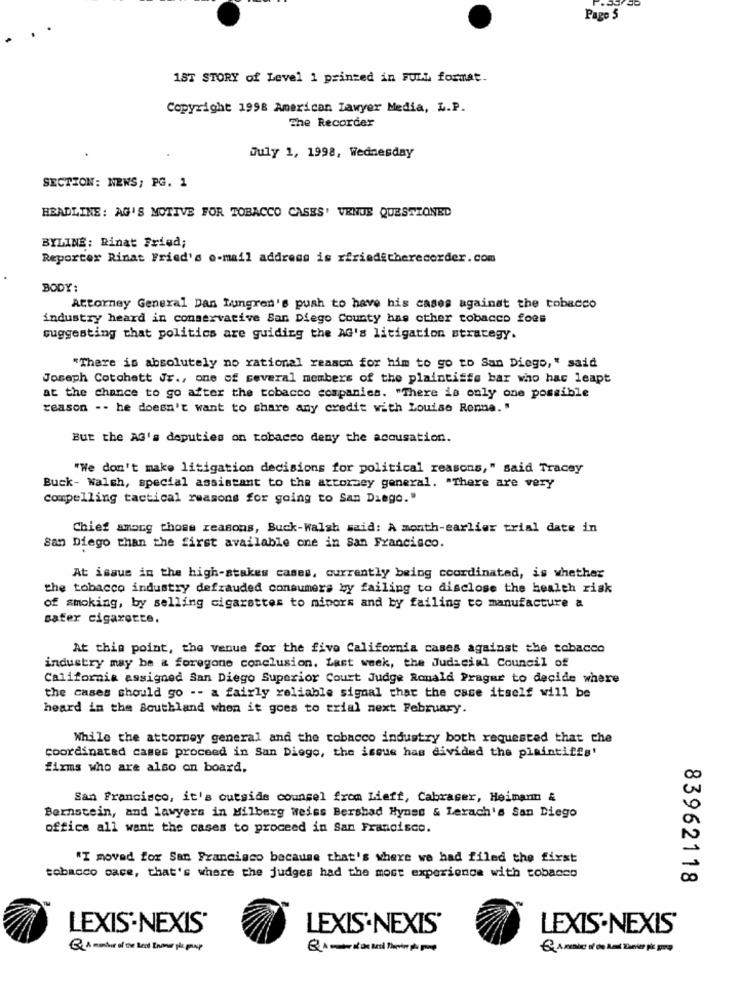
Pago 5
1ST STORY of Level 1 printed in FULL format.
Copyright 1998 American Lawyer Media, L.P.
The Recorder
July 1, 1998, Wednesday
SECTION: NEWS; PG. 1
HEADLINE: AG'S MOTIVE FOR TOBACCO CASES' VENUE QUESTIONED
BYLINE: Rinat Fried;
Reporter Rinat Fried's o-mail address is xfried&therecorder.com
BODY:
Attorney General Dan Lungren's push to have his cases against the tobacco
industry heard in conservative San Diego County has other tobacco foes
suggesting that politics are guiding the AG's litigation strategy.
"There is absolutely no rational reason for him to go to San Diego," said
Joseph Cotohatt Jr ., one of several members of the plaintiffs bar who has leapt
at the chance to go after the tobacco companies. "There is only one possible
reason -- he doesn't want to share any credit with Louise Ronne. "
But the AG's deputies on tobacco deny the accusation.
"We don't make litigation decisions for political reasons," said Tracey
Buck- Walsh, special assistant to the attorney general. "There are very
compelling tactical reasons for going to San Diego."
Chief among those reasons, Buck-walsh said: A month-earlier trial date in
san Diego than the first available one in San Francisco.
At issus in the high-stakes cases, currently being coordinated, is whether
the tobacco industry defrauded consumers by failing to disclose the health risk
of smoking, by selling cigarettes to minors and by failing to manufacture a
safer cigarette.
At this point, the venue for the five California cases against the tobacco
industry may be & foregone conclusion. Last week, the Judicial Council of
California assigned San Diego Superior Court Judge Ronald Prager to decide where
the cases should go -- a fairly reliable signal that the case itself will be
heard in the Southland when it goes to trial next February.
While the attorney general and the tobacco industry both requested that the
coordinated cames proceed in San Diego, the issue has divided the plaintiffs'
firms who are also on board.
San Francisco, it's outside counsel from Lieft, Cabraser, Heimann &
0
Bernstein, and lawyers in Milberg weiss Bershad Hynes & Lerach's San Diego
office all want the cases to proceed in San Francisco.
"I moved for San Francisco because that's where we had filed the first
tobacco cace, that's where the judges had the most experience with tobacco
00
83962118
LEXIS-NEXIS'
LEXIS NEXIS'
LEXIS-NEXIS